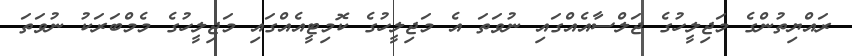
ރައްޔިތުންގެ މަޖިލީހުގެ ޖަލްސާއެއްގައި ނުވަތަ އެ މަޖިލީހުގެ ކޮމިޓީއެއްގައި މަޖިލީހުގެ މެމްބަރަކު ނުވަތަ